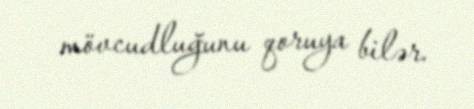
mövcudluğunu qoruya bilər.